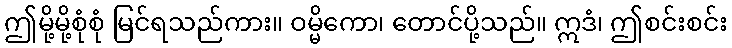
ဤမို့မို့စုံစုံ မြင်ရသည်ကား။ ဝမ္မိကော၊ တောင်ပို့သည်။ ဣဒံ၊ ဤစင်းစင်း